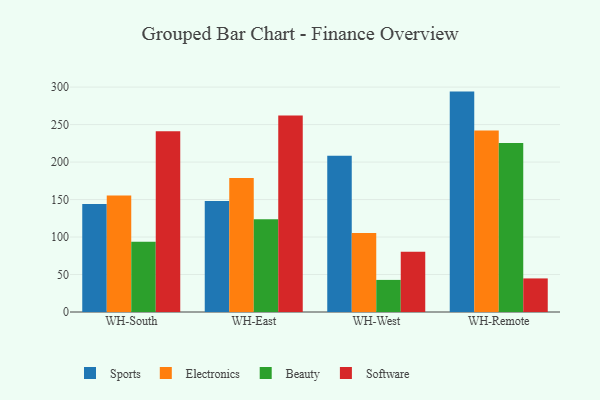
{"axis": {"x": "Warehouse", "y": "Customer Acquisition Cost (USD)"}, "legend": ["Beauty", "Electronics", "Software", "Sports"], "data": [{"x": "WH-South", "y": 144.0, "type": "Sports"}, {"x": "WH-South", "y": 155.5, "type": "Electronics"}, {"x": "WH-South", "y": 93.8, "type": "Beauty"}, {"x": "WH-South", "y": 241.1, "type": "Software"}, {"x": "WH-East", "y": 148.1, "type": "Sports"}, {"x": "WH-East", "y": 178.8, "type": "Electronics"}, {"x": "WH-East", "y": 123.7, "type": "Beauty"}, {"x": "WH-East", "y": 262.1, "type": "Software"}, {"x": "WH-West", "y": 208.4, "type": "Sports"}, {"x": "WH-West", "y": 105.4, "type": "Electronics"}, {"x": "WH-West", "y": 42.8, "type": "Beauty"}, {"x": "WH-West", "y": 80.5, "type": "Software"}, {"x": "WH-Remote", "y": 294.0, "type": "Sports"}, {"x": "WH-Remote", "y": 242.1, "type": "Electronics"}, {"x": "WH-Remote", "y": 225.5, "type": "Beauty"}, {"x": "WH-Remote", "y": 44.8, "type": "Software"}]}